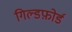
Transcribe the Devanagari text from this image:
गिल्डफ़ोर्ड